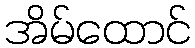
အိမ်ထောင်